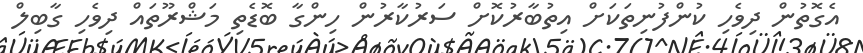
އެގޮތުން ދިވެހި ކުންފުނިތަކަށް އިތުބާރުކޮށް ސަރުކާރުން ހިންގާ ބޮޑެތި މަޝްރޫތައް ދިވެހި ގާބިލް